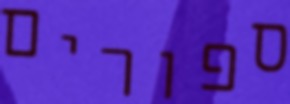
ספורים